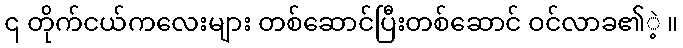
၎ တိုက်ငယ်ကလေးများ တစ်ဆောင်ပြီးတစ်ဆောင် ဝင်လာခ၏ဲ့ ။